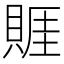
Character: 䝽